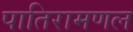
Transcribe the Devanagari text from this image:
पातिरामणल